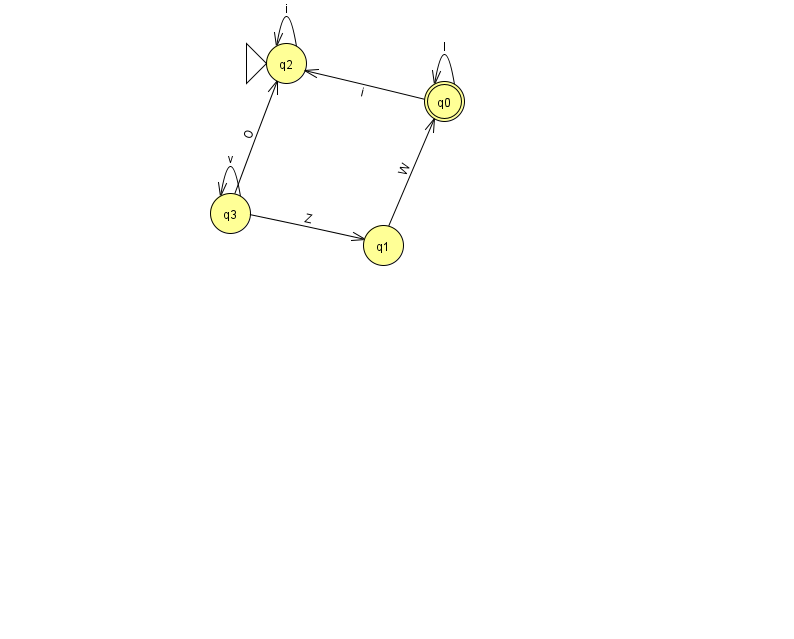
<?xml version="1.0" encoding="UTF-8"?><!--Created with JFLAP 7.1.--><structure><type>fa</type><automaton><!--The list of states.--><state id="0" name="q0"><x>444.0</x><y>88.0</y><final/></state><state id="1" name="q1"><x>383.0</x><y>232.0</y></state><state id="2" name="q2"><x>286.0</x><y>50.0</y><initial/></state><state id="3" name="q3"><x>230.0</x><y>200.0</y></state><!--The list of transitions.--><transition><from>3</from><to>2</to><read>O</read></transition><transition><from>3</from><to>3</to><read>v</read></transition><transition><from>0</from><to>0</to><read>I</read></transition><transition><from>2</from><to>2</to><read>i</read></transition><transition><from>3</from><to>1</to><read>Z</read></transition><transition><from>0</from><to>2</to><read>i</read></transition><transition><from>1</from><to>0</to><read>W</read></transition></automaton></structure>